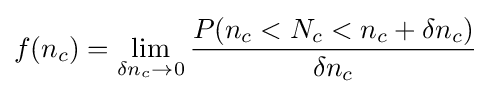
f(n_{c})=\lim _{\delta n_{c}\to 0}{\frac {P(n_{c}<N_{c}<n_{c}+\delta n_{c})}{\delta n_{c}}}